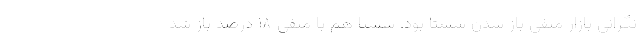
نگرانی بازار منفی باز شدن شستا بود. شستا هم با منفی ۱۸ درصد باز شد